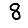
Digit: 8